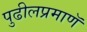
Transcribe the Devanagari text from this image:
पुढीलप्रमाणॅ